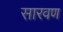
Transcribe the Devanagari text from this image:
सारवण